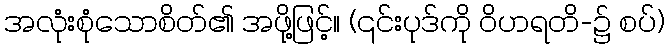
အလုံးစုံသောစိတ်၏ အဖို့ဖြင့်။ (၎င်းပုဒ်ကို ဝိဟရတိ-၌ စပ်)